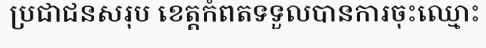
ប្រជាជនសរុប ខេត្តកំពតទទួលបានការចុះឈ្មោះ